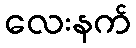
လေးနက်